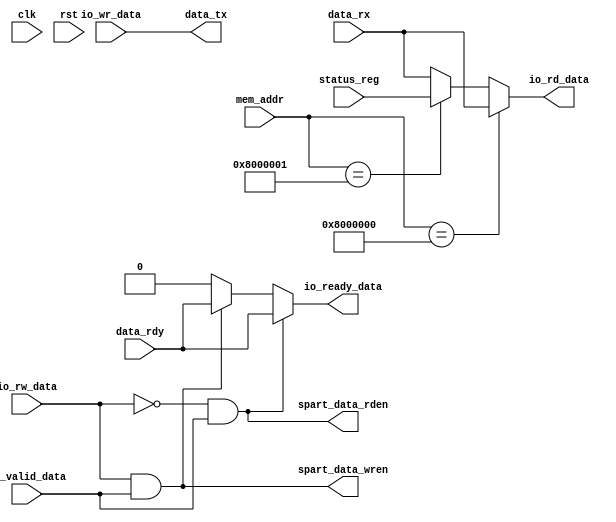
`timescale 1ns / 1ps
//////////////////////////////////////////////////////////////////////////////////
// Company: 
// Engineer: 
// 
// Design Name: 
// Module Name:    spart_cache_interface 
// Project Name: 
// Target Devices: 
// Tool versions: 
// Description: 
//
// Dependencies: 
//
// Revision: 
// Revision 0.01 - File Created
// Additional Comments: 
//
//////////////////////////////////////////////////////////////////////////////////
module spart_cache_interface(
	input clk,
	input rst,
	
	// Connections to/from cache controller.
	input io_rw_data,
	input io_valid_data,
	output io_ready_data,
	input [27:0] mem_addr,
	output [31:0] io_rd_data,
	input [31:0] io_wr_data,
	
	// Connections to/from SPART
	output spart_data_rden,
	output spart_data_wren,
	input data_rdy,
	output [31:0] data_tx,
	input [31:0] data_rx,
	input [31:0] status_reg
    );
	
	
	assign spart_data_rden = (~io_rw_data && io_valid_data);
	assign spart_data_wren = (io_rw_data && io_valid_data);
	
	assign io_rd_data = (mem_addr == 28'h800_0000) ? data_rx : ((mem_addr == 28'h800_0001) ? status_reg : data_rx);
	assign data_tx = io_wr_data;
	
	assign io_ready_data = (spart_data_rden) ? data_rdy : ( (spart_data_wren) ? data_rdy : 1'b0 );
	
endmodule





//	wire rden = (~io_rw_data && io_valid_data);
//	wire wren = (io_rw_data && io_valid_data);
	
//	assign spart_data_rden = (count_rd == 2'd0) ? rden : 1'b0;
//	assign spart_data_wren = (count_wr == 2'd0) ? wren : 1'b0;

//	always @(posedge clk)
//	begin
//		if(rst)
//		begin
//			count_rd <= 2'd0;
//		end
//		else
//		begin
//			if(data_rdy)
//			begin
//				count_rd <= count_rd + 1'b1;
//			end
//			else if(count_rd != 2'd0)
//			begin
//				count_rd <= count_rd + 1'b1;
//			end
//			else
//			begin
//				count_rd <= count_rd;
//			end
//		end
//	end
//	
//	always @(posedge clk)
//	begin
//		if(rst)
//		begin
//			count_wr <= 2'd0;
//		end
//		else
//		begin
//			if(data_written)
//			begin
//				count_wr <= count_wr + 1'b1;
//			end
//			else if(count_wr != 2'd0)
//			begin
//				count_wr <= count_wr + 1'b1;
//			end
//			else
//			begin
//				count_wr <= count_wr;
//			end
//		end
//	end
//	
//endmodule